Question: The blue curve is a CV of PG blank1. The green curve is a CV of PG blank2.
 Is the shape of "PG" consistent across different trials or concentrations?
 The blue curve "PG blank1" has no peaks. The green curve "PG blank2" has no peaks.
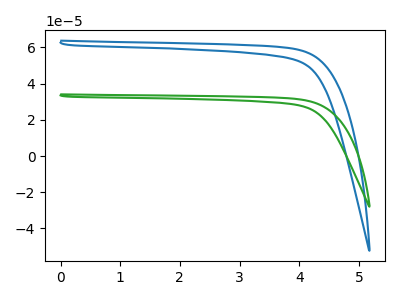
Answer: <think>Neither "PG blank1" or "PG blank2" have any peaks.
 </think>
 <answer>All the CV's of "PG" have similar shape.</answer>
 <eval>follow_rule</eval>